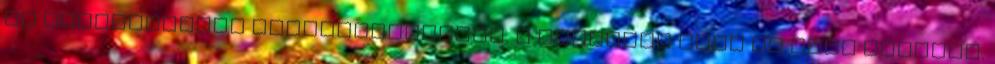
és Közgazdasági Szakközépiskola. A városban utca is őrzi emlékét.